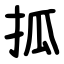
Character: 㧓